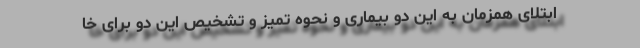
ابتلای همزمان به این دو بیماری و نحوه تمیز و تشخیص این دو برای خا